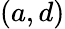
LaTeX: (a,d)